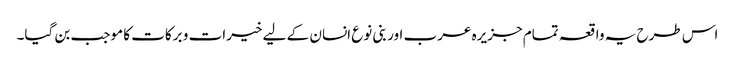
اس طرح یہ واقعہ تمام جزیرہ عرب اور بنی نوع انسان کے لیے خیرات و برکات کا موجب بن گیا۔